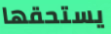
يستحقها